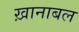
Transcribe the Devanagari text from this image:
ख़ानाबल